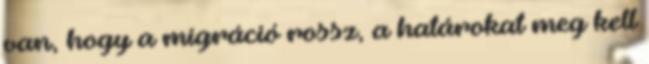
van, hogy a migráció rossz, a határokat meg kell